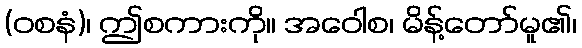
(ဝစနံ)၊ ဤစကားကို။ အဝေါစ၊ မိန့်တော်မူ၏၊